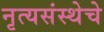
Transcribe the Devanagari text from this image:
नृत्यसंस्थेचे